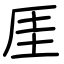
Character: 厓